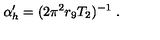
\alpha _ { h } ^ { \prime } = ( 2 \pi ^ { 2 } r _ { 9 } T _ { 2 } ) ^ { - 1 } \ .